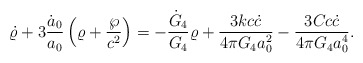
\begin{align*}\dot{\varrho}+3{\dot{a}_0\over a_0}\left(\varrho+{\wp\over c^2}\right)=-{\dot{G}_4\over G_4}\varrho+{{3kc\dot{c}}\over{4\pi G_4a^2_0}}-{{3Cc\dot{c}}\over{4\pi G_4a^4_0}}.\end{align*}